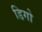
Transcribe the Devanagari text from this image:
डिगो